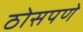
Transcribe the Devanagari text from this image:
ठोसपणे